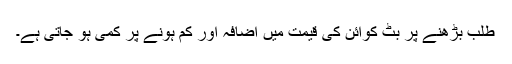
طلب بڑھنے پر بِٹ کوائن کی قیمت میں اضافہ اور کم ہونے پر کمی ہو جاتی ہے۔